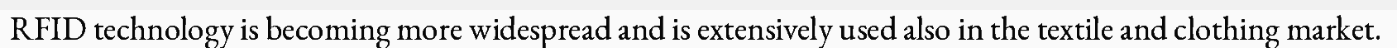
RFID technology is becoming more widespread and is extensively used also in the textile and clothing market.